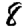
Digit: 8